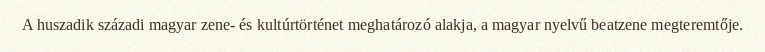
A huszadik századi magyar zene- és kultúrtörténet meghatározó alakja, a magyar nyelvű beatzene megteremtője.